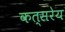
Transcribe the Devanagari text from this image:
कत्सरेय